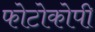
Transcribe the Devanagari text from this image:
फोटोकोपी